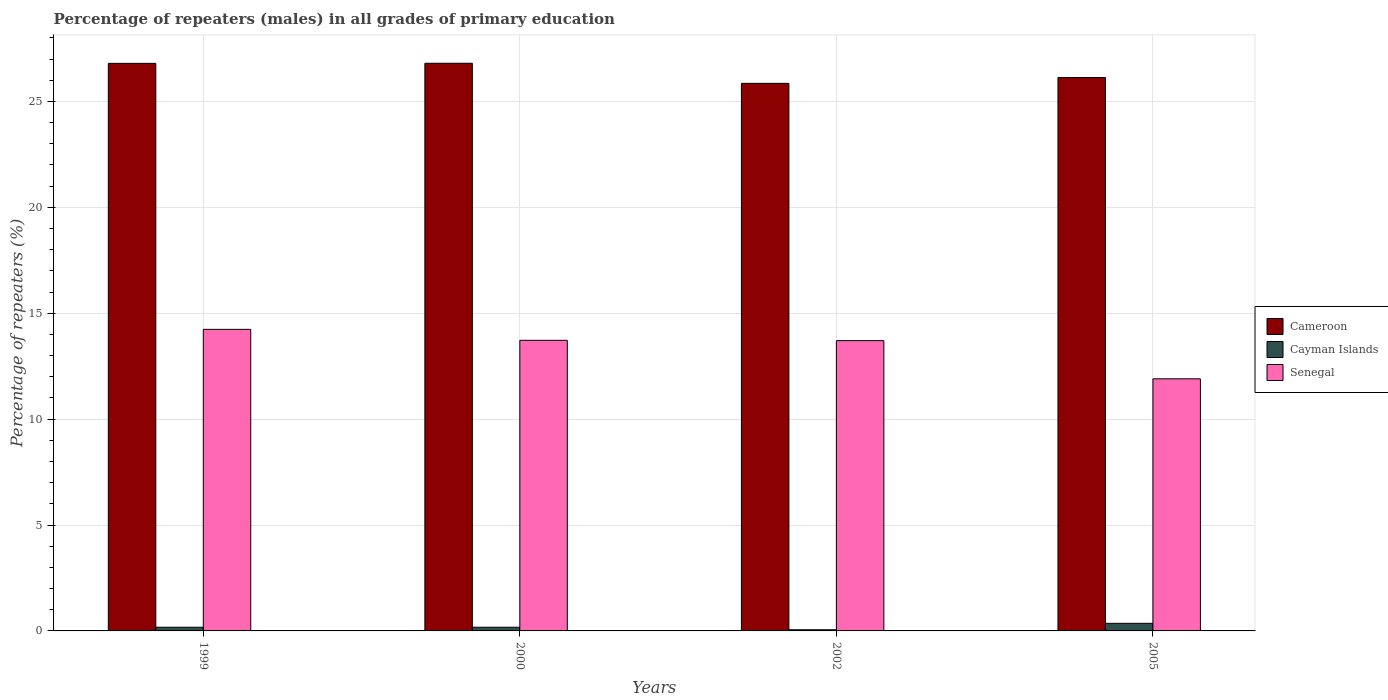
| Years | Cameroon | Cayman Islands | Senegal |
 | --- | --- | --- | --- |
 | 1999 | 26.8 | 0.175 | 14.2 |
 | 2000 | 26.8 | 0.175 | 13.7 |
 | 2002 | 25.9 | 0.0552 | 13.7 |
 | 2005 | 26.1 | 0.359 | 11.9 |